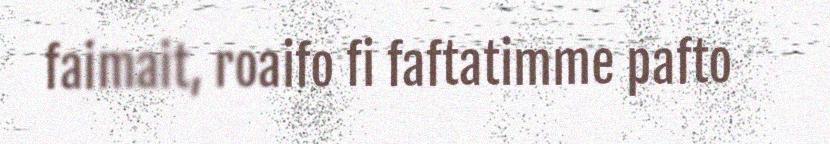
faimait, roaifo fi faftatimme pafto